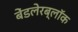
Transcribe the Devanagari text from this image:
बेंडलेरब्लॉक